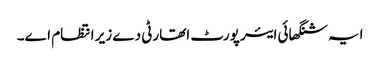
ایہ شنگھائی ایئر پورٹ اتھارٹی دے زیر انتظام ا‏‏ے۔